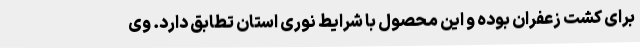
برای کشت زعفران بوده و این محصول با شرایط نوری استان تطابق دارد. وی